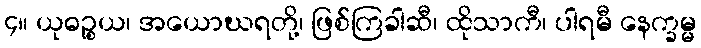
၄။ ယုဓဉ္စယ၊ အယောဃရတို့၊ ဖြစ်ကြခါဆီ၊ ထိုသာကီ၊ ပါရမီ နေက္ခမ္မ